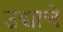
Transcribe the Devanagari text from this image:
उद्याचे